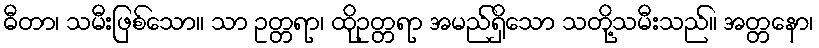
ဓီတာ၊ သမီးဖြစ်သော။ သာ ဥတ္တရာ၊ ထိုဥတ္တရာ အမည်ရှိသော သတို့သမီးသည်။ အတ္တနော၊